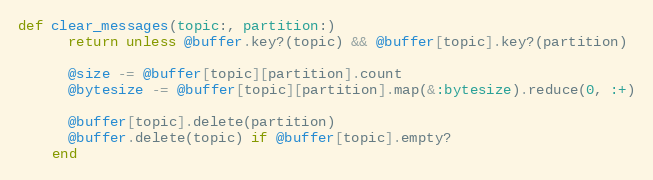
Language: Ruby
def clear_messages(topic:, partition:)
      return unless @buffer.key?(topic) && @buffer[topic].key?(partition)

      @size -= @buffer[topic][partition].count
      @bytesize -= @buffer[topic][partition].map(&:bytesize).reduce(0, :+)

      @buffer[topic].delete(partition)
      @buffer.delete(topic) if @buffer[topic].empty?
    end